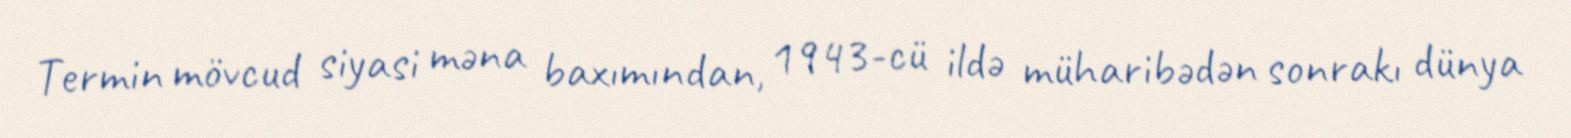
Termin mövcud siyasi məna baxımından, 1943-cü ildə müharibədən sonrakı dünya